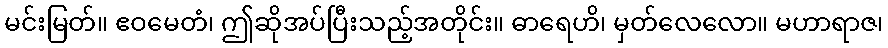
မင်းမြတ်။ ဧဝမေတံ၊ ဤဆိုအပ်ပြီးသည့်အတိုင်း။ ဓာရေဟိ၊ မှတ်လေလော။ မဟာရာဇ၊